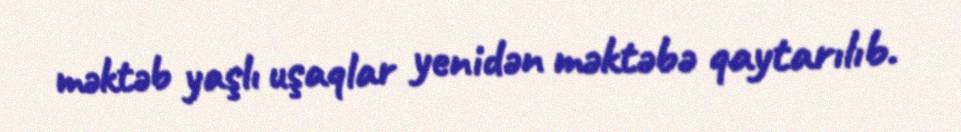
məktəb yaşlı uşaqlar yenidən məktəbə qaytarılıb.